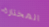
المختارة